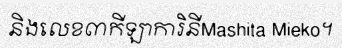
និងលេខ៣កីឡាការិនីMashita Mieko។